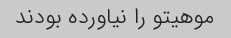
موهیتو را نیاورده بودند